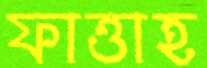
ফাত্তাহ